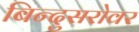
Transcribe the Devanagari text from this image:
बिन्दुसरोवर